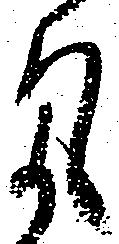
気